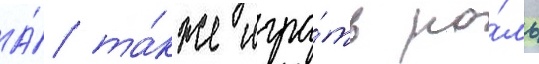
А́ та́кже игра́ть ро́ль